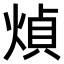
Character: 𤋺